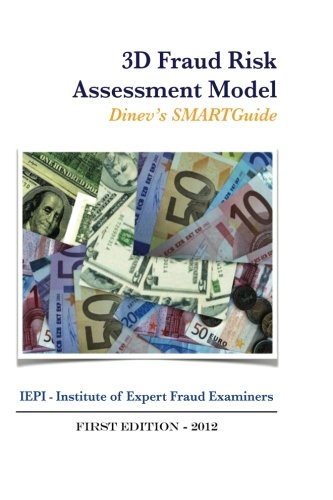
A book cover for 3D Fraud Risk Assessment Model: DInev's SMARTGuide; Dr. Dimiter Petrov Dinev; Business & Money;